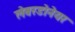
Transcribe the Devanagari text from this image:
लेबरडोनेयर